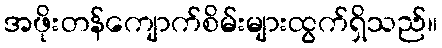
အဖိုးတန်ကျောက်စိမ်းများထွက်ရှိသည်။